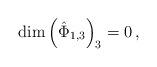
LaTeX: \begin{align*}\textrm{dim}\left(\hat{\Phi}_{1,3}\right)_{3}=0\,,\end{align*}